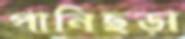
পানিছড়া